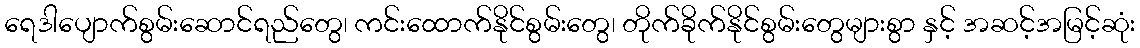
ရေဒါပျောက်စွမ်းဆောင်ရည်တွေ၊ ကင်းထောက်နိုင်စွမ်းတွေ၊ တိုက်ခိုက်နိုင်စွမ်းတွေများစွာ နှင့် အဆင့်အမြင့်ဆုံး